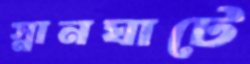
স্নানঘাটে